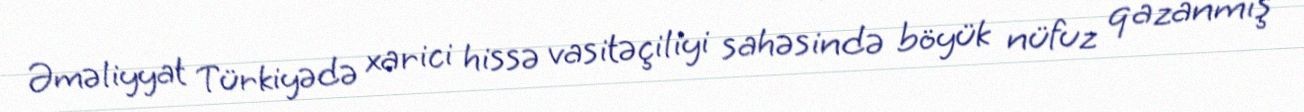
Əməliyyat Türkiyədə xarici hissə vasitəçiliyi sahəsində böyük nüfuz qazanmış